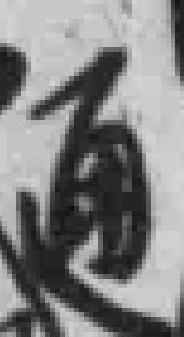
通